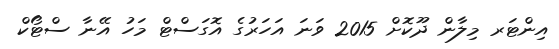
އިންޓަރ މިލާން ދޫކޮށް 2015 ވަނަ އަހަރުގެ އޮގަސްޓް މަހު އޭނާ ސްޓޯކް